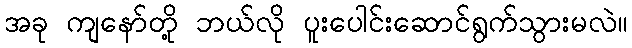
အခု ကျနော်တို့ ဘယ်လို ပူးပေါင်းဆောင်ရွက်သွားမလဲ။